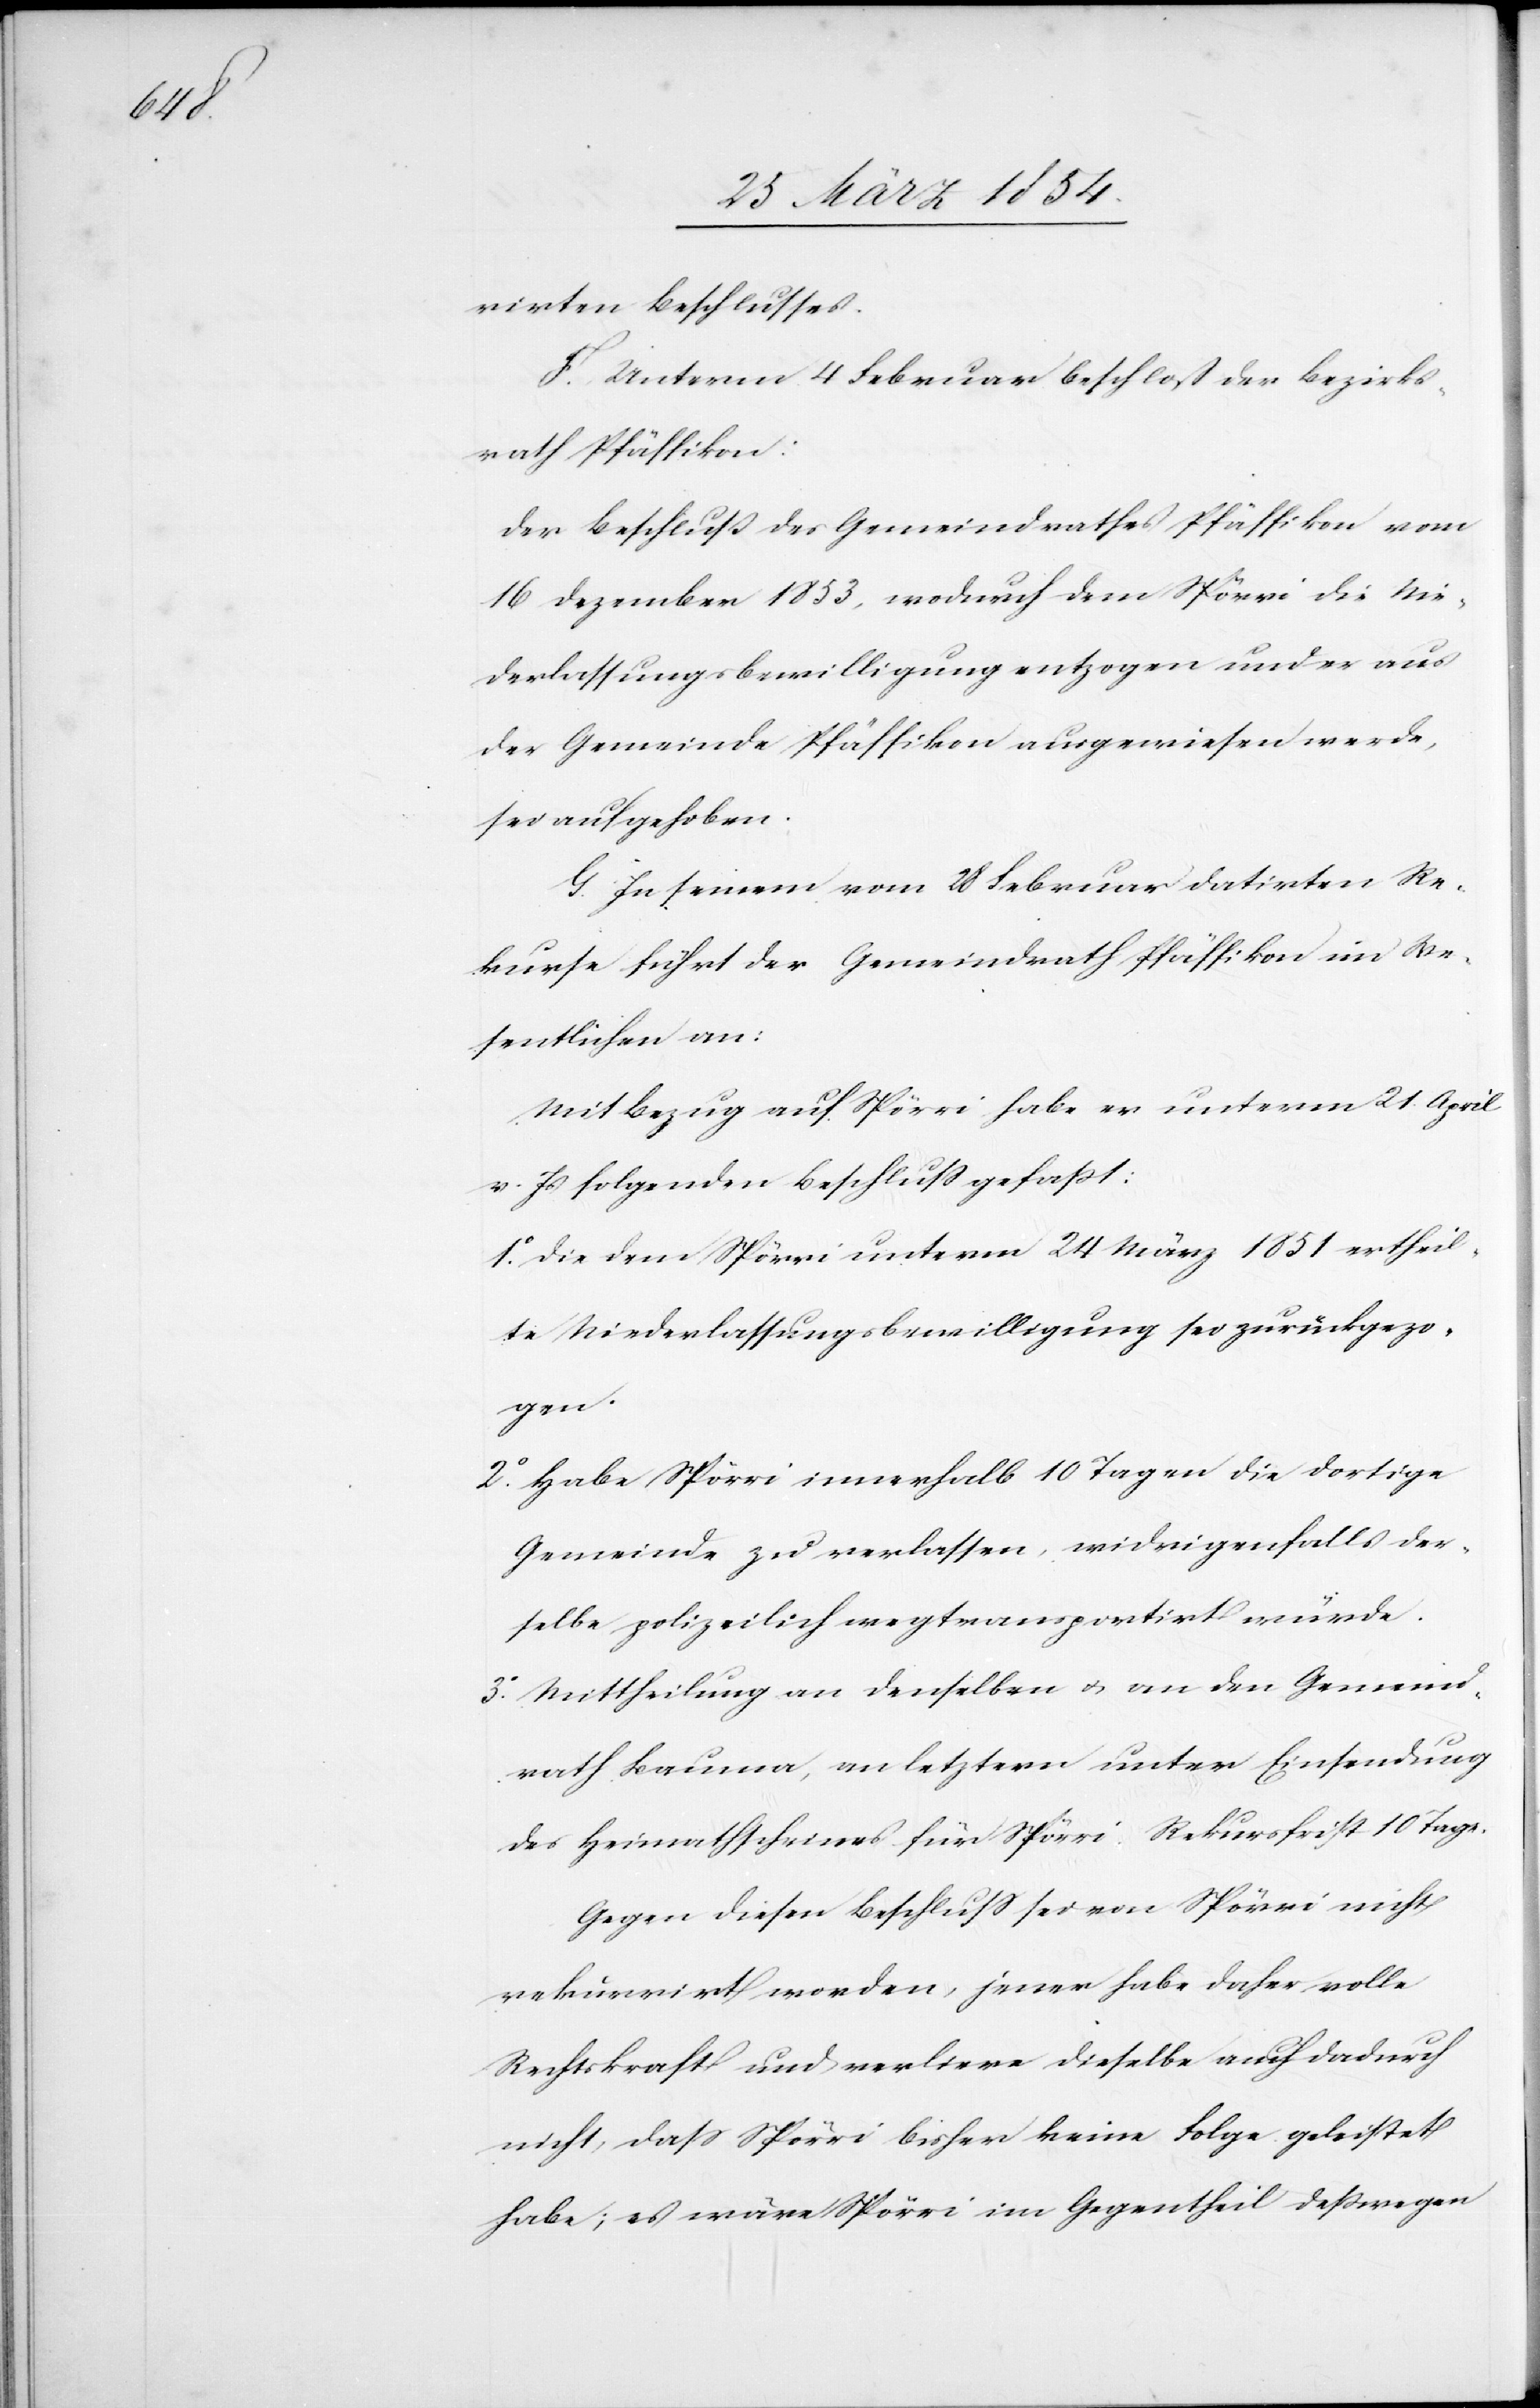
rirten Beschlusses.
F. Unterm 4 Februar beschloß der Bezirks¬
rath Pfäffikon:
Der Beschluß des Gemeindrathes Pfäffikon vom
16 Dezember 1853, wodurch dem Spörri die Nie¬
derlassungsbewilligung entzogen und er aus
der Gemeinde Pfäffikon ausgewiesen werde,
sei aufgehoben.
G. In seinem vom 28 Februar datirten Re¬
kurse führt der Gemeindrath Pfäffikon im We¬
sentlichen an:
Mit Bezug auf Spörri habe er unterm 21. April
v. Js. folgenden Beschluß gefaßt:
1o Die dem Spörri unterm 24 März 1851 ertheil¬
te Niederlassungsbewilligung sei zurückgezo¬
gen.
2o Habe Spörri innerhalb 10 Tagen die dortige
Gemeinde zu verlassen, widrigenfalls der¬
selbe polizeilich wegtransportirt würde.
3o Mittheilung an denselben u. an den Gemeind¬
rath Bauma, an letztern unter Einsendung
des Heimathscheins für Spörri. Rekursfrist 10 Tage.
Gegen diesen Beschluß sei von Spörri nicht
rekurrirt worden, jener habe daher volle
Rechtskraft und verliere dieselbe auch dadurch
nicht, daß Spörri bisher keine Folge geleistet
habe; es wäre Spörri im Gegentheil deßwegen